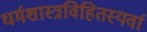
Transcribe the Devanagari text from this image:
धर्मशास्त्रविहितस्यर्वा